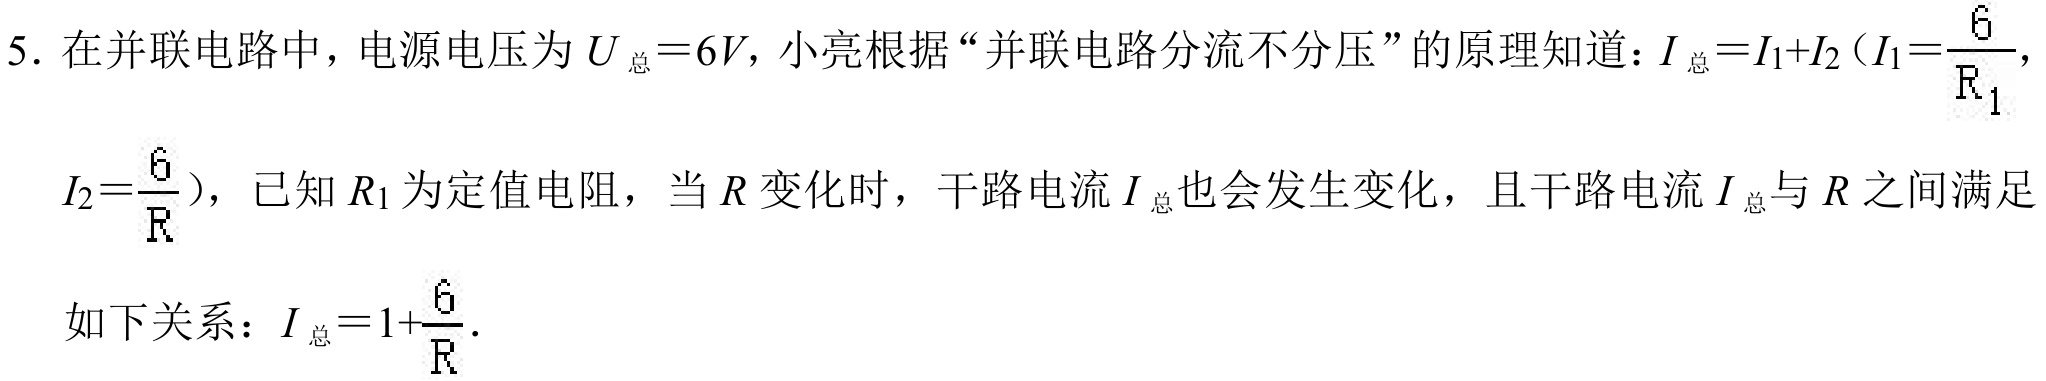
5. 在并联电路中，电源电压为\(U_{总}=6V\)，小亮根据“并联电路分流不分压”的原理知道：\(I_{总}=I_{1}+I_{2}(I_{1}=\frac{6}{R_{1}},I_{2}=\frac{6}{R})\)，已知\(R_{1}\)为定值电阻，当\(R\)变化时，干路电流\(I_{总}\)也会发生变化，且干路电流\(I_{总}\)与\(R\)之间满足
如下关系：\(I_{总}=1+\frac{6}{R}\).